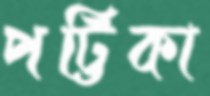
পট্টিকা